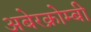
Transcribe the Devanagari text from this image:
अबेरक्रोम्बी